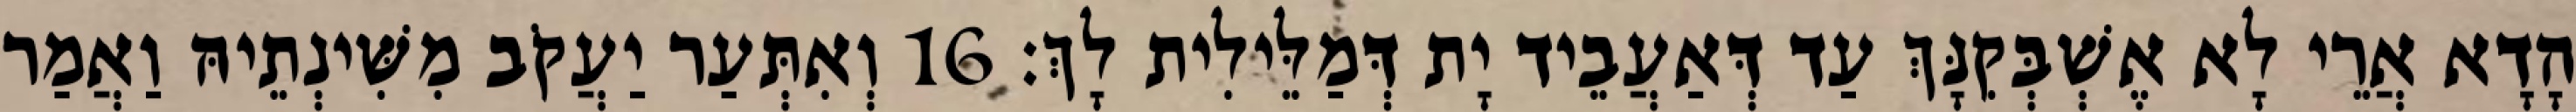
הָדָא אֲרֵי לָא אֶשְׁבְּקִנָּךְ עַד דְּאַעֲבֵיד יָת דְּמַלֵּילִית לָךְ׃ 16 וְאִתְּעַר יַעֲקֹב מִשִּׁינְתֵיהּ וַאֲמַר